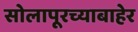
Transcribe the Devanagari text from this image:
सोलापूरच्याबाहेर